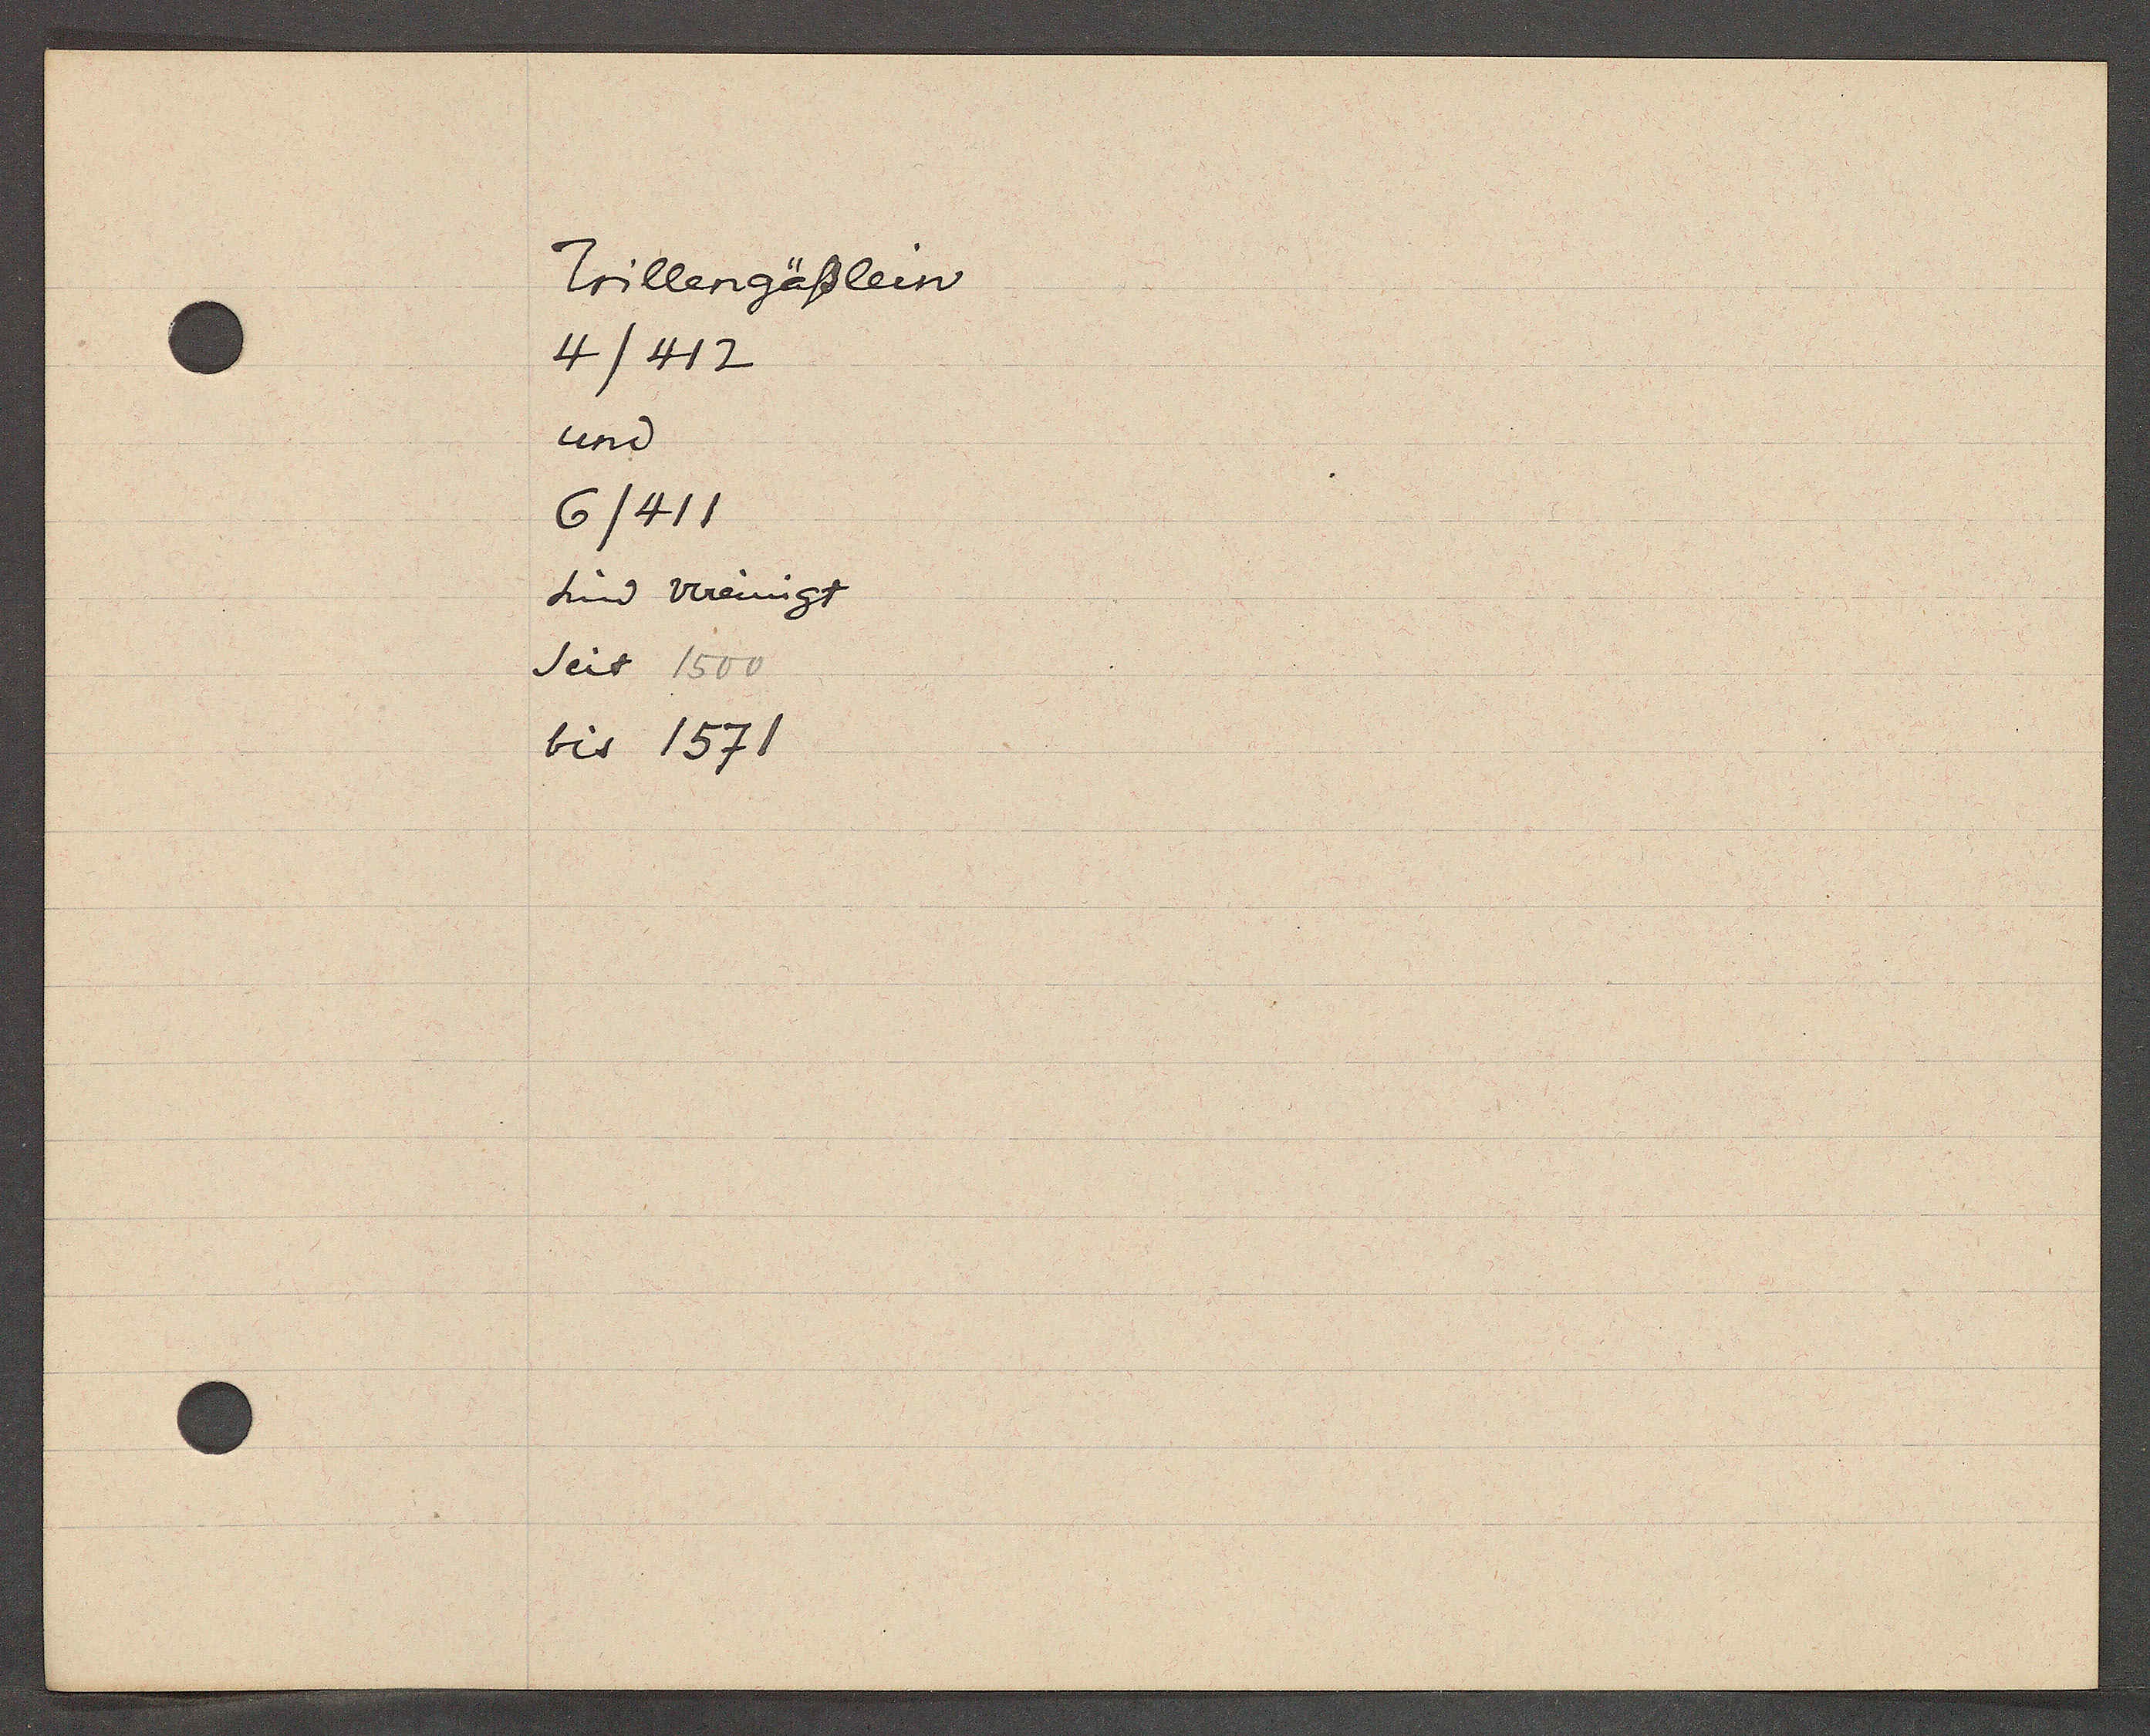
Transcript:
Trillengässlein
4/412
und
6/411
sind vereingt
seit 1500
bis 1571